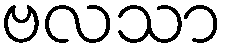
ဗလသာ